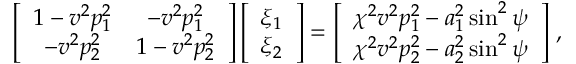
\left[ \begin{array} { c c } { 1 - v ^ { 2 } p _ { 1 } ^ { 2 } } & { - v ^ { 2 } p _ { 1 } ^ { 2 } } \\ { - v ^ { 2 } p _ { 2 } ^ { 2 } } & { 1 - v ^ { 2 } p _ { 2 } ^ { 2 } } \end{array} \right] \left[ \begin{array} { c } { \xi _ { 1 } } \\ { \xi _ { 2 } } \end{array} \right] = \left[ \begin{array} { c } { \chi ^ { 2 } v ^ { 2 } p _ { 1 } ^ { 2 } - a _ { 1 } ^ { 2 } \sin ^ { 2 } \psi } \\ { \chi ^ { 2 } v ^ { 2 } p _ { 2 } ^ { 2 } - a _ { 2 } ^ { 2 } \sin ^ { 2 } \psi } \end{array} \right] \, ,